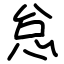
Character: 怠